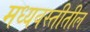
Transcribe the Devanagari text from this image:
मध्यवस्तीतील